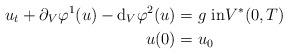
LaTeX: \begin{align*}u_{t}+\partial_{V}\varphi^{1}(u)-\mathrm{d}_{V}\varphi^{2}(u) & =g\text{ in}V^{\ast}(0,T)\\u(0) & =u_{0} \end{align*}